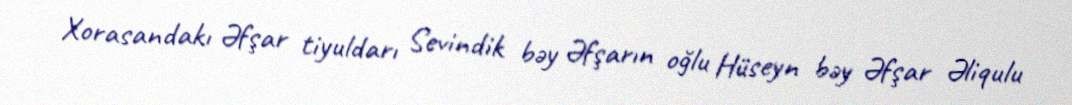
Xorasandakı Əfşar tiyuldarı Sevindik bəy Əfşarın oğlu Hüseyn bəy Əfşar Əliqulu